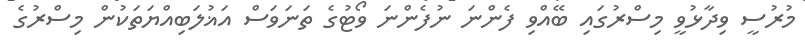
މުރުސީ ވިދާޅުވީ މިސްރުގައި ބޭއްވި ފެންނަ ނުފެންނަ ވޯޓުގެ ތަނަވަސް އަޣުލަބިއްޔަތަކުން މިސްރުގެ